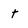
Character: t